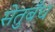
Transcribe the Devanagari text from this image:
सेतुबँध